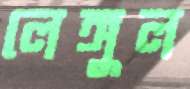
লেঙ্গুল